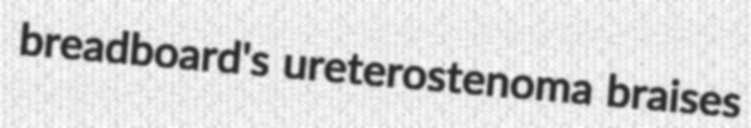
breadboard's ureterostenoma braises